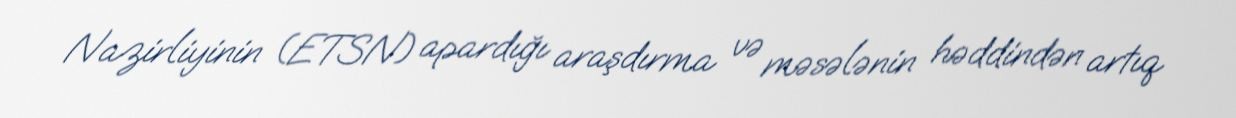
Nazirliyinin (ETSN) apardığı araşdırma və məsələnin həddindən artıq